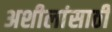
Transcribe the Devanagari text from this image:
अशीलांसाठी